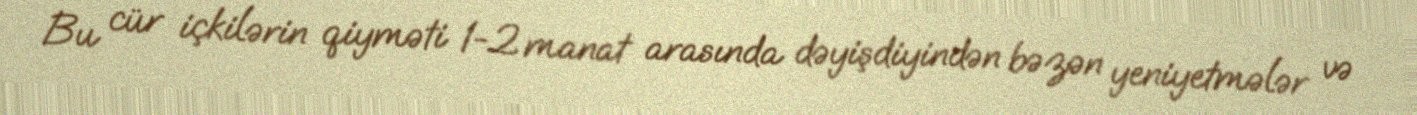
Bu cür içkilərin qiyməti 1-2 manat arasında dəyişdiyindən bəzən yeniyetmələr və